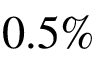
0 . 5 \%